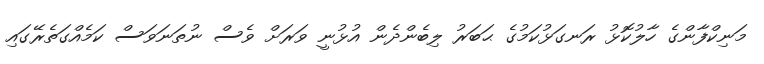
މަނިކްފާންގެ ހާލުކޮޅު ރަނގަޅުކަމުގެ ޙަބަރު ލިބެންދެން އުޅުނީ ވަރަށް ވެސް ނުތަނަވަސް ކަމެއްގަތެރޭގައި